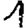
Digit: 1